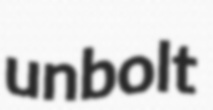
unbolt